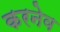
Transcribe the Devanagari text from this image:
करनेव